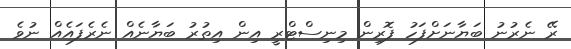
ރޭ ނެރުނު ބަަޔާނަށްފަހު ފޮރިން މިނިސްޓްރީ އިން އިތުރު ބަޔާނެއް ނެރެފައެއް ނުވެ